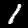
Label: 1